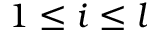
1 \le i \le l